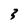
Character: 3